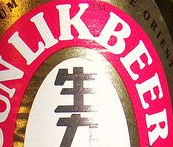
LIKBEER